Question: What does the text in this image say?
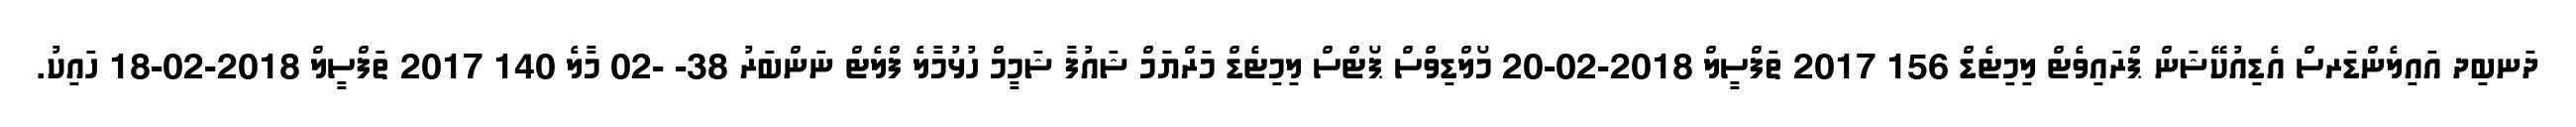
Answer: ދަނބިދ އައިލެންޑަރސް އެޑިއުކޭޝަން ޕްރައިވެޓް ލިމިޓެޑް 156 2017 ތަފްސީލް 2018-02-20 މޯލްޑިވްސް ޕޯޓްސް ލިމިޓެޑް މަރްޔަމް ޝައުފާ ޝަމީމް ހުޅުމާލެ ފްލެޓް ނަންބަރު 38- -02 މާލެ 140 2017 ތަފްސީލް 2018-02-18 ހައިކު.